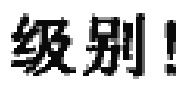
级别！